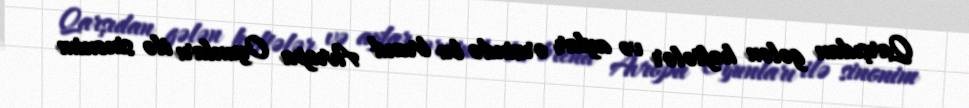
Qarşıdan gələn həftələr və aylar ərzində bu brend Avropa Oyunları ilə sinonim